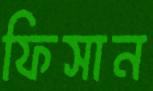
ফিসান